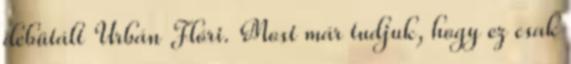
debütált Urbán Flóri. Most már tudjuk, hogy ez csak